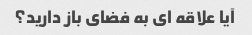
آیا علاقه ای به فضای باز دارید؟